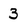
Character: 3